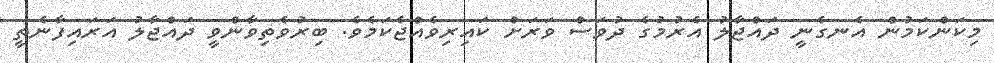
މިކަންކަމުން އެނގެނީ ދައްޖާލު އެރުމުގެ ދުވަސް ވަރަށް ކައިރިވެއްޖެކަމެވެ. ބިރުވެތިވާންވީ ދައްޖާލު އަރައިފާނެތީ